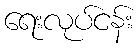
ရေးလုပ်ငန်း